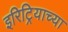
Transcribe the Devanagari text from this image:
इरिट्रियाच्या